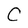
Character: C